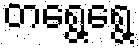
တရွေ့ရွေ့